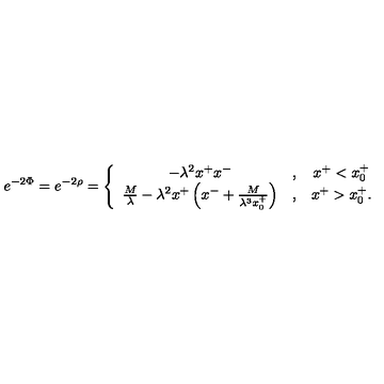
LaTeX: e ^ { - 2 \Phi } = e ^ { - 2 \rho } = \left\{ \begin{array} { c c c } { - \lambda ^ { 2 } x ^ { + } x ^ { - } } & { , } & { x ^ { + } < x _ { 0 } ^ { + } } \\ { { \frac { M } { \lambda } } - \lambda ^ { 2 } x ^ { + } \left( x ^ { - } + { \frac { M } { \lambda ^ { 3 } x _ { 0 } ^ { + } } } \right) } & { , } & { x ^ { + } > x _ { 0 } ^ { + } . } \\ \end{array} \right.